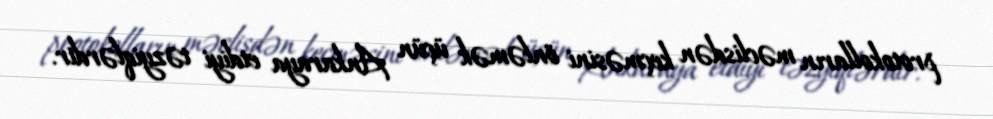
protokolların məclisdən keçməsini önləmək üçün Ankaraya etdiyi təzyiqlərdir.